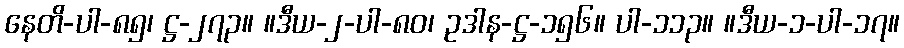
နေတိ-ပါ-၈၅၊ ဋ္ဌ-၂၇၃။ ။ဒီယ-၂-ပါ-၈၀၊ ဥဒါန-ဋ္ဌ-၁၅၆။ ပါ-၁၁၃။ ။ဒီယ-၁-ပါ-၁၇။